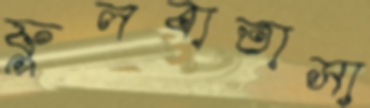
ফুলবাতাসা